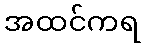
အထင်ကရ